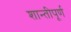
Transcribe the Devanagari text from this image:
शान्तीपूर्ण